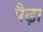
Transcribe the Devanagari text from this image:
पैढ़ा